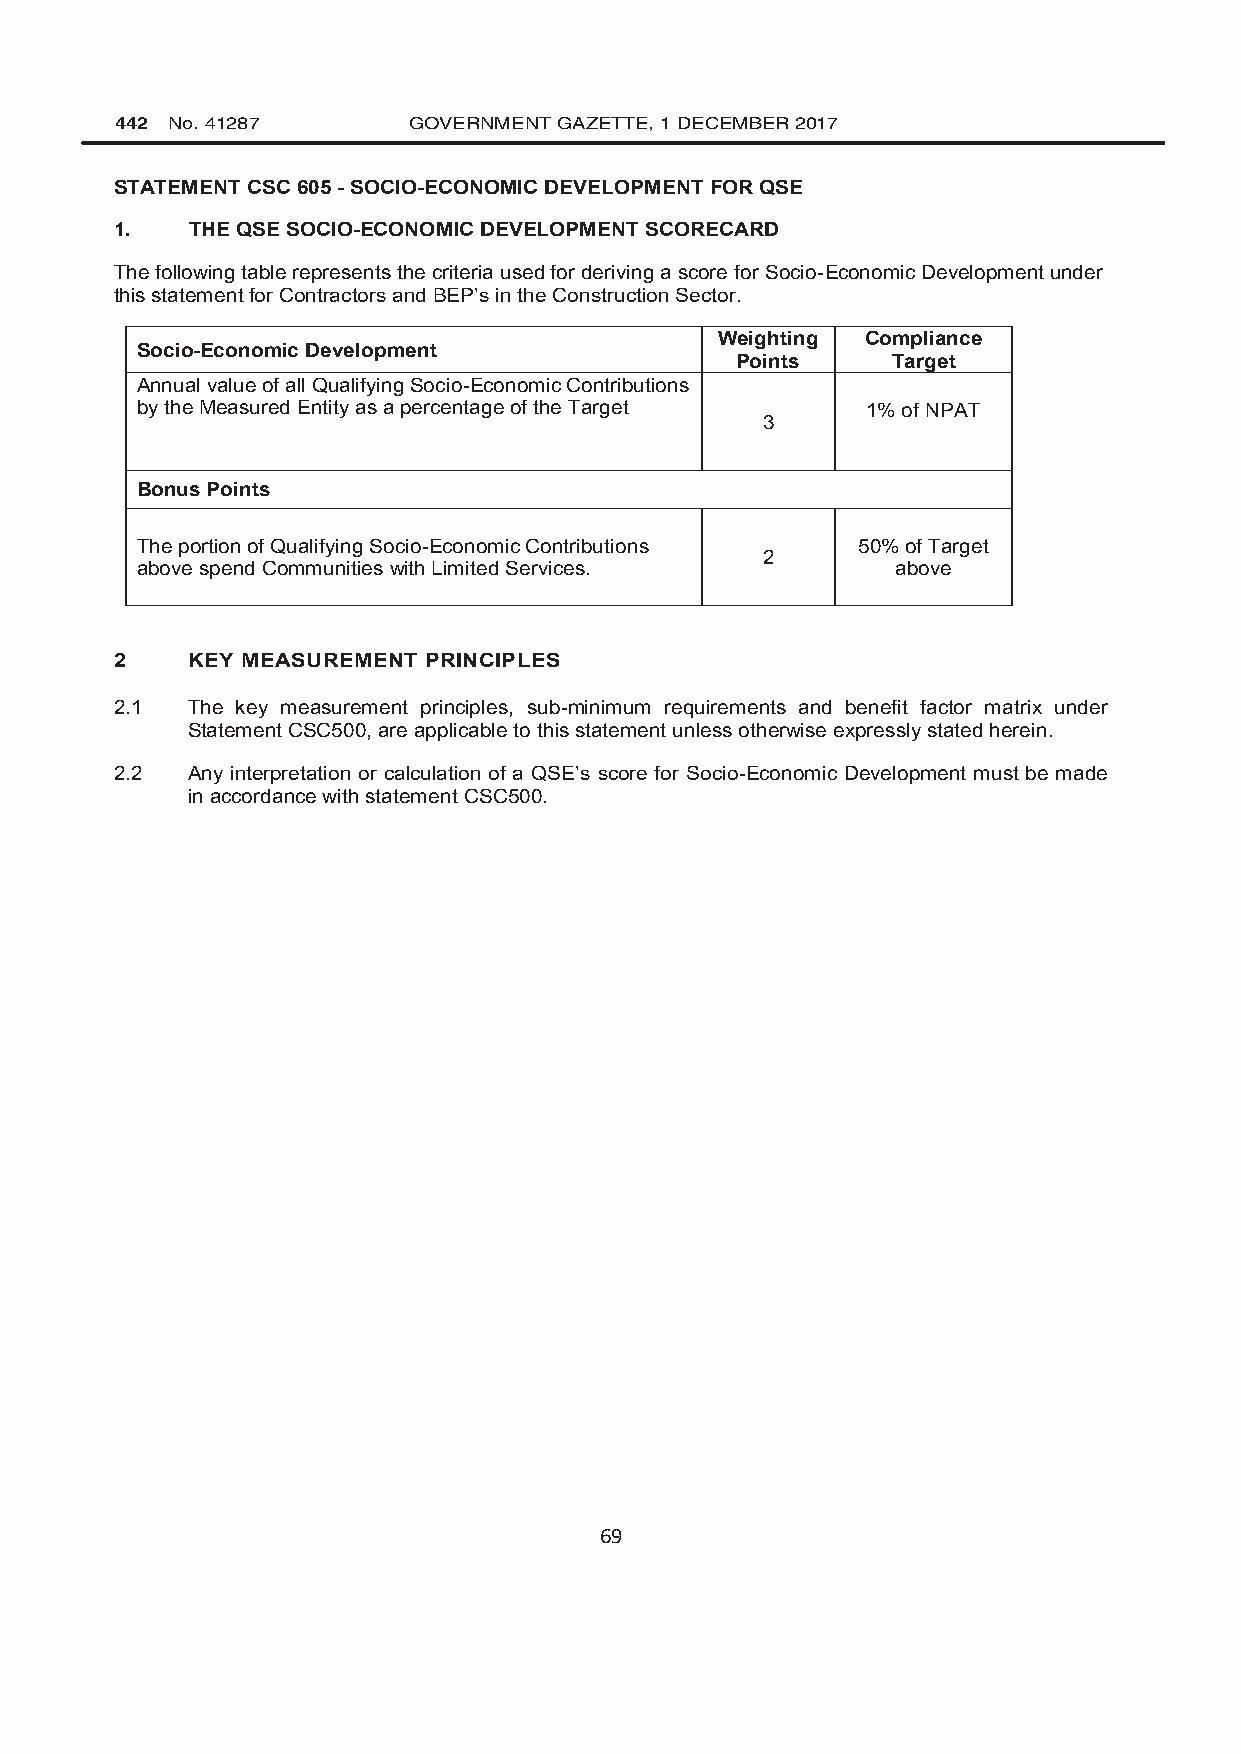
442 No. 41287      GOVERNMENT GAZETTE, 1 DECEMBER 2017
 STATEMENT CSC 605 - SOCIO-ECONOMIC DEVELOPMENT FOR QSE
 1.   THE QSE SOCIO-ECONOMIC DEVELOPMENT SCORECARD
 The following table represents the criteria used for deriving a score for Socio-Economic Development under
 this statement for Contractors and BEP’s in the Construction Sector.
 Weighting Compliance
 Socio-Economic Development
 Points    Target
 Annual value of all Qualifying Socio-Economic Contributions
 by the Measured Entity as a percentage of the Target 1% of NPAT
 3
 1.1..1.1.2
 Bonus Points
 The portion of Qualifying Socio-Economic Contributions 50% of Target
 2
 above spend Communities with Limited Services.    above
 2   KEY MEASUREMENT PRINCIPLES
 2.1 The key measurement principles, sub-minimum requirements and benefit factor matrix under
 Statement CSC500, are applicable to this statement unless otherwise expressly stated herein.
 2.2 Any interpretation or calculation of a QSE’s score for Socio-Economic Development must be made
 in accordance with statement CSC500.
 69